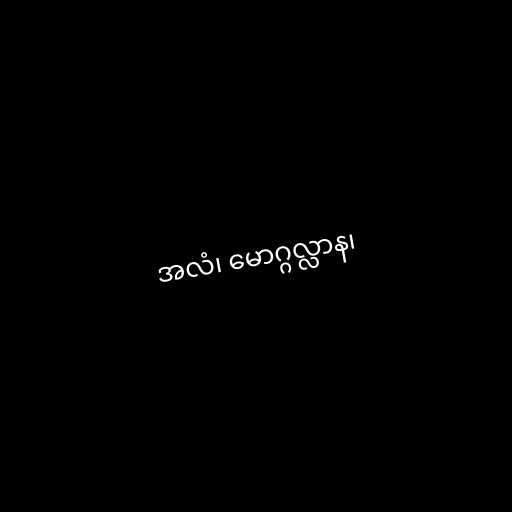
အလံ၊ မောဂ္ဂလ္လာန၊